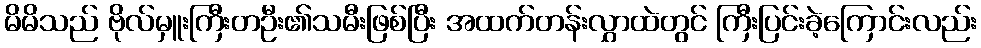
မိမိသည် ဗိုလ်မှူးကြီးတဦး၏သမီးဖြစ်ပြီး အထက်တန်းလွှာထဲတွင် ကြီးပြင်းခဲ့ကြောင်းလည်း